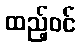
ထည့်ဝင်